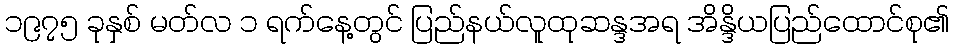
၁၉၇၅ ခုနှစ် မတ်လ ၁ ရက်နေ့တွင် ပြည်နယ်လူထုဆန္ဒအရ အိန္ဒိယပြည်ထောင်စု၏